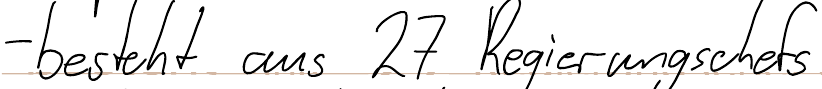
- besteht aus 27 Regierungschefs